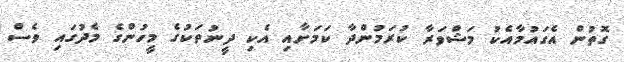
ގޮތުން އެގައުމާއެކު މަޝްވަރާ ކުރަމުންދާ ކަމަށާއި އެކި ދީނުތަކުގެ މީހުންގެ މެދުގައި ވެސް